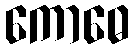
ကောဓေ